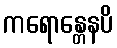
ကရောန္တေနပိ